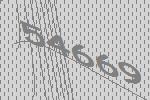
54669